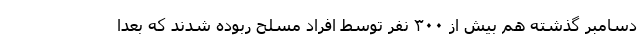
دسامبر گذشته هم بیش از ۳۰۰ نفر توسط افراد مسلح ربوده شدند که بعدا